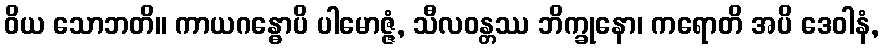
ဝိယ သောဘတိ။ ကာယဂန္ဓောပိ ပါမောဇ္ဇံ, သီလဝန္တဿ ဘိက္ခုနော၊ ကရောတိ အပိ ဒေဝါနံ,